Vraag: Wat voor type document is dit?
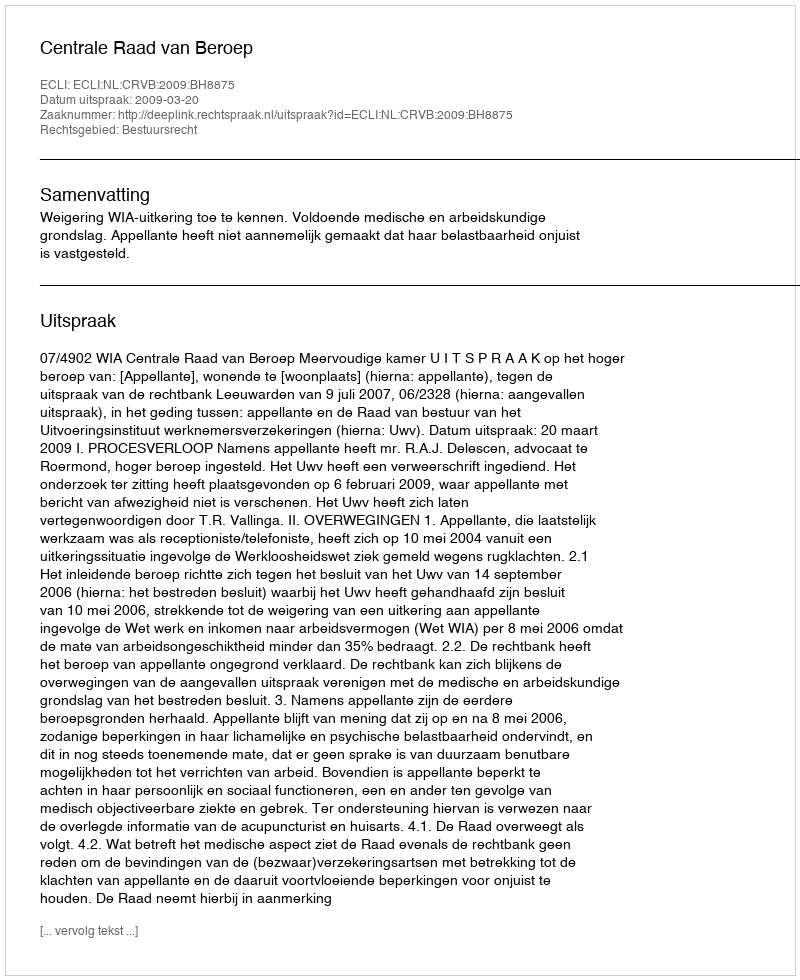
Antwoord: Uitspraak